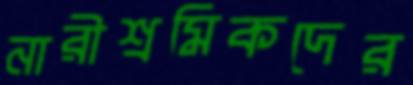
নারীশ্রমিকদের